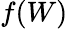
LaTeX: f(W)